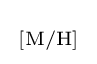
{\begin{smallmatrix}\left[{\mathrm {M} }/{\mathrm {H} }\right]\end{smallmatrix}}